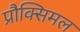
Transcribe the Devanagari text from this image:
प्रौक्सिमल